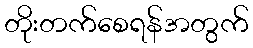
တိုးတက်စေရန်အတွက်